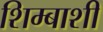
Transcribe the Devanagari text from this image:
शिम्बाशी